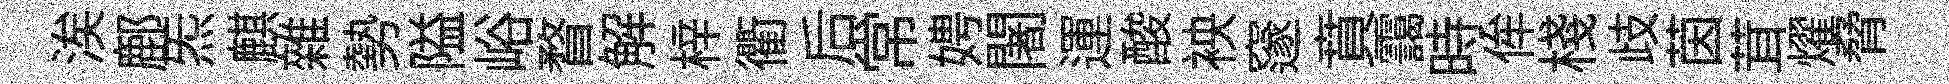
涘鄜炁麒雜勢隘峪瞀解梓衢后常娉闍運酸䘧邃賁靄時侔棧歧茵茸燿脅